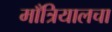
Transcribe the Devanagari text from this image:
माँत्रियालचा